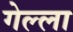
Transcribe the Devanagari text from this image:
गेल्ला